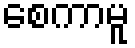
စေကာမူ